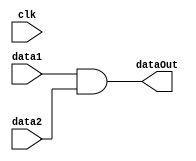
module andGate(data1, data2, dataOut, clk);

	input clk;
	input  [31:0] data1, data2;
	output [31:0] dataOut;
	
	assign dataOut = data1 & data2;
endmodule